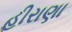
હીરાણા